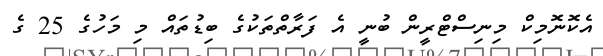
އެކޮނޮމިކް މިނިސްޓްރީން ބުނީ އެ ފަރާތްތަކުގެ ބިޑުތައް މި މަހުގެ 25 ގެ